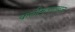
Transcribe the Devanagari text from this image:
कलीमुल्लाखान